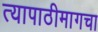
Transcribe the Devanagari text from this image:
त्यापाठीमागचा